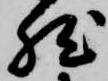
然